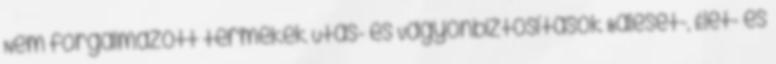
Nem forgalmazott termékek Utas- és Vagyonbiztosítások Baleset-, Élet- és